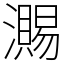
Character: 瀃